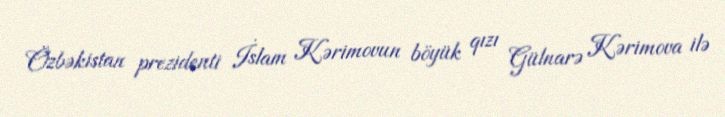
Özbəkistan prezidenti İslam Kərimovun böyük qızı Gülnarə Kərimova ilə